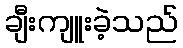
ချီးကျူးခဲ့သည်